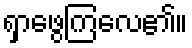
ရှာဖွေကြလေ၏။